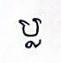
ប្ល